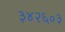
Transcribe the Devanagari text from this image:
३४२६०३